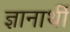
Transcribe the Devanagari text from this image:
ज्ञानार्थी